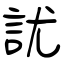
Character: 訧